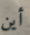
أين